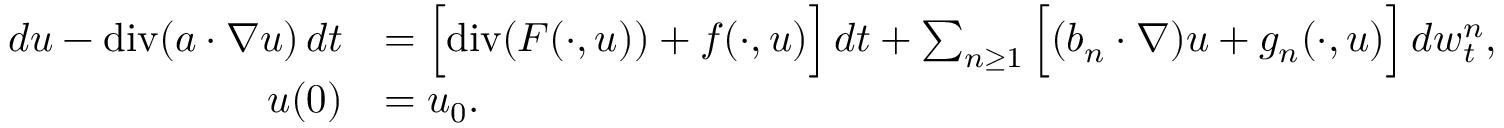
\begin{array} { r l } { d u - \normalfont { \mathrm { d i v } } ( a \cdot \nabla u ) \, d t } & { = \Big [ \normalfont { \mathrm { d i v } } ( F ( \cdot , u ) ) + f ( \cdot , u ) \Big ] \, d t + \sum _ { n \geq 1 } \Big [ ( b _ { n } \cdot \nabla ) u + g _ { n } ( \cdot , u ) \Big ] \, d w _ { t } ^ { n } , } \\ { u ( 0 ) } & { = u _ { 0 } . } \end{array}